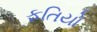
ફતિયો